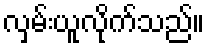
လှမ်းယူလိုက်သည်။